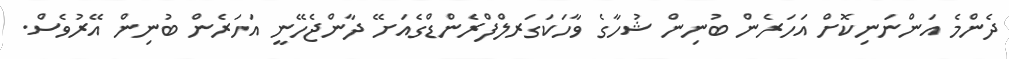
ދެންމެ އަންނަނިކޮށް އަހަރެން ބުނިން ޝުހާގެ ވާހަކަގަރލްފްރެންޑްގެއަށޭ ދާންޖެހޭނީ އަހަރެން ބުނިން އޭރުވެސް.